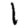
Digit: 1